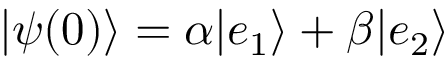
{ \left| { \psi ( 0 ) } \right\rangle } = \alpha { \left| { e _ { 1 } } \right\rangle } + \beta { \left| { e _ { 2 } } \right\rangle }